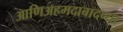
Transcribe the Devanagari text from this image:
आणिअहमदाबादच्या